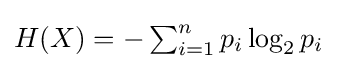
H(X)=-\textstyle \sum _{i=1}^{n}p_{i}\log _{2}p_{i}